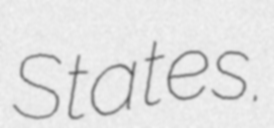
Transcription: States.